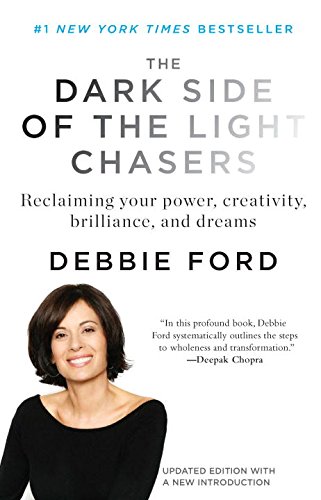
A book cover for The Dark Side of the Light Chasers; Deborah Ford; Health, Fitness & Dieting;